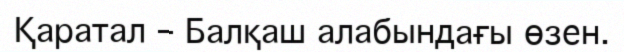
Қаратал – Балқаш алабындағы өзен.